Senior Leaving Certificate, 1941
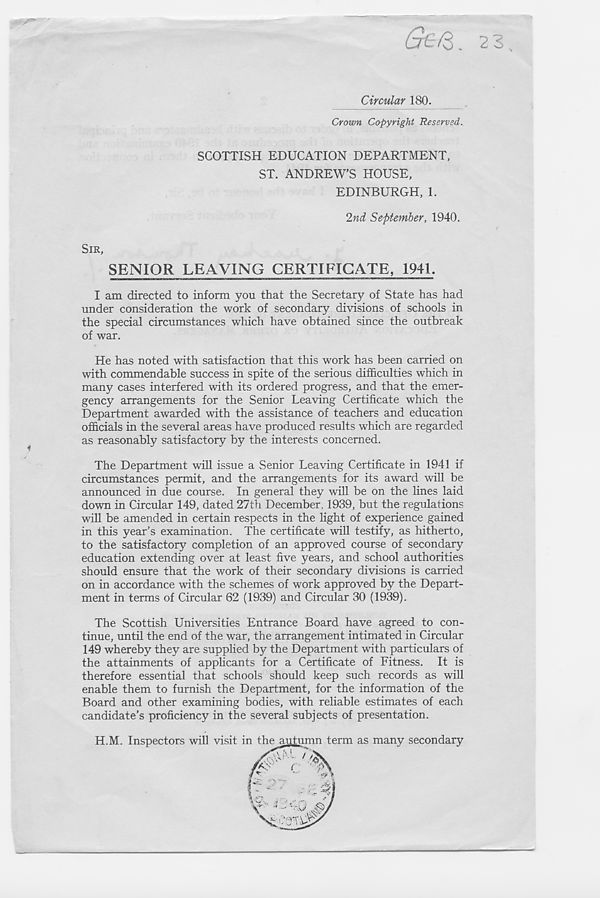
Circular 180.
Crown Copyright Reserved.
SCOTTISH EDUCATION DEPARTMENT,
ST. ANDREW’S HOUSE,
EDINBURGH, 1.
2nd September, 1940.
SIR,
SENIOR LEAVING CERTIFICATE, 1941.
I am directed to inform you that the Secretary of State has had
under consideration the work of secondary divisions of schools in
the special circumstances which have obtained since the outbreak
of war.
He has noted with satisfaction that this work has been carried on
with commendable success in spite of the serious difficulties which in
many cases interfered with its ordered progress, and that the emer-
gency arrangements for the Senior Leaving Certificate which the
Department awarded with the assistance of teachers and education
officials in the several areas have produced results which are regarded
as reasonably satisfactory by the interests concerned.
The Department will issue a Senior Leaving Certificate in 1941 if
circumstances permit, and the arrangements for its award will be
announced in due course. In general they will be on the lines laid
down in Circular 149, dated 27th December, 1939, but the regulations
will be amended in certain respects in the light of experience gained
in this year’s examination. The certificate will testify, as hitherto,
to the satisfactory completion of an approved course of secondary
education extending over at least five years, and school authorities
should ensure that the work of their secondary divisions is carried
on in accordance with the schemes of work approved by the Depart-
ment in terms of Circular 62 (1939) and Circular 30 (1939).
The Scottish Universities Entrance Board have agreed to con-
tinue, until the end of the war, the arrangement intimated in Circular
149 whereby they are supplied by the Department with particulars of
the attainments of applicants for a Certificate of Fitness. It is
therefore essential that schools should keep such records as will
enable them to furnish the Department, for the information of the
Board and other examining bodies, with reliable estimates of each
candidate’s proficiency in the several subjects of presentation.
H.M. Inspectors will visit in the autumn term as many secondary